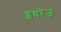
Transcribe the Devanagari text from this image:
इथरेज